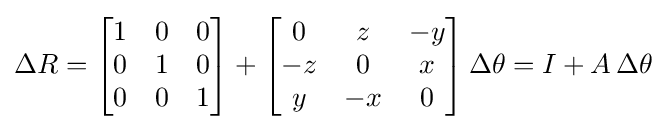
\Delta R={\begin{bmatrix}1&0&0\\0&1&0\\0&0&1\end{bmatrix}}+{\begin{bmatrix}0&z&-y\\-z&0&x\\y&-x&0\end{bmatrix}}\,\Delta \theta =I+A\,\Delta \theta